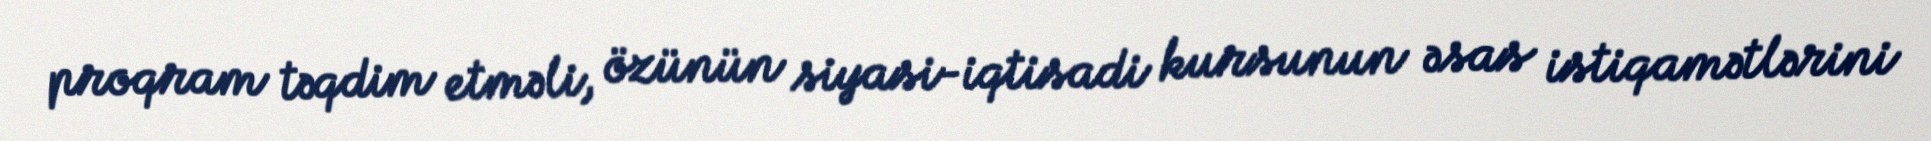
proqram təqdim etməli, özünün siyasi-iqtisadi kursunun əsas istiqamətlərini